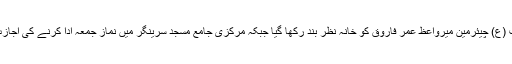
دریں اثناء حریت (ع) چیئرمین میرواعظ عمر فاروق کو خانہ نظر بند رکھا گیا جبکہ مرکزی جامع مسجد سرینگر میں نماز جمعہ ادا کرنے کی اجازت نہیں دی گئی ۔